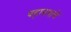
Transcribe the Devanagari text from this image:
वहावयाचें